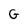
Character: G